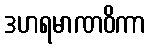
ဒဟရမာဏဝိကာ